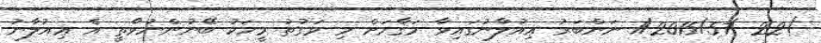
)22-/1/2015/57 ނަންބަރު ޢިއުލާނުގައިވާ މަޤާމަށް މި ވަގުތު މީހަކު ބޭނުންނުވާތީ އެ ޢިއުލާނު